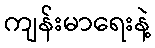
ကျန်းမာရေးနဲ့